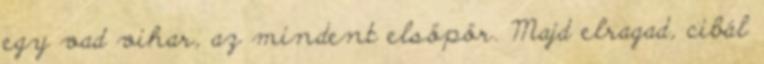
egy vad vihar, az mindent elsöpör. Majd elragad, cibál